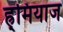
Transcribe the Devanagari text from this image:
ह्र्मियाज